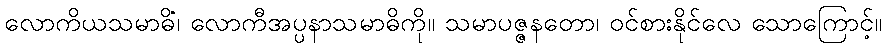
လောကိယသမာဓိံ၊ လောကီအပ္ပနာသမာဓိကို။ သမာပဇ္ဇနတော၊ ဝင်စားနိုင်လေ သောကြောင့်။